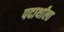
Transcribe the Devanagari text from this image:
पदार्थांला